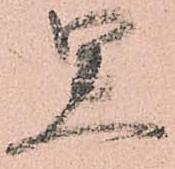
思